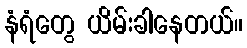
နံရံတွေ ယိမ်းခါနေတယ်။